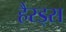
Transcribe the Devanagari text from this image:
हैरड्स